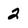
Character: 2